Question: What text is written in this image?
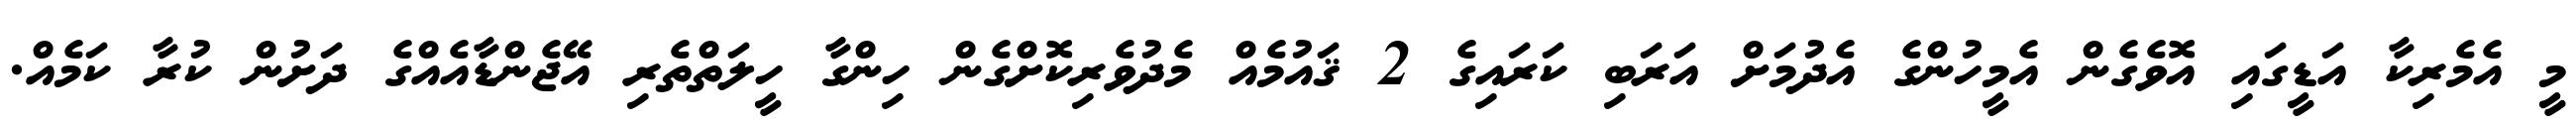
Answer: މީ އެމެރިކާ އަޑީގައި އޮވެގެން އެމީހުންގެ އެދުމަށް އަރަބި ކަރައިގެ 2 ޤައުމެއް މެދުވެރިކޮށްގެން ހިންގާ ހީލަތްތެރި އޭޖެންޑާއެއްގެ ދަށުން ކުރާ ކަމެއް.